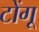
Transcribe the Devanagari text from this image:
टोंगू